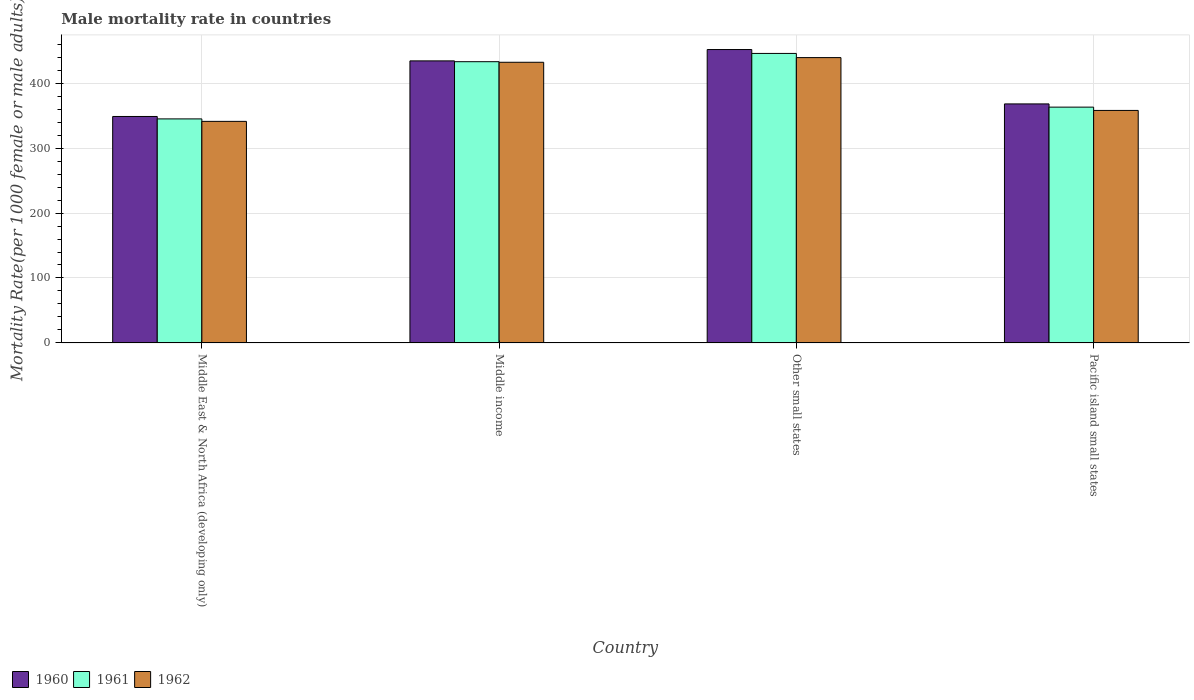
| Country | 1960 | 1961 | 1962 |
 | --- | --- | --- | --- |
 | Middle East & North Africa (developing only) | 349 | 345 | 341 |
 | Middle income | 434 | 433 | 432 |
 | Other small states | 452 | 446 | 439 |
 | Pacific island small states | 368 | 363 | 358 |